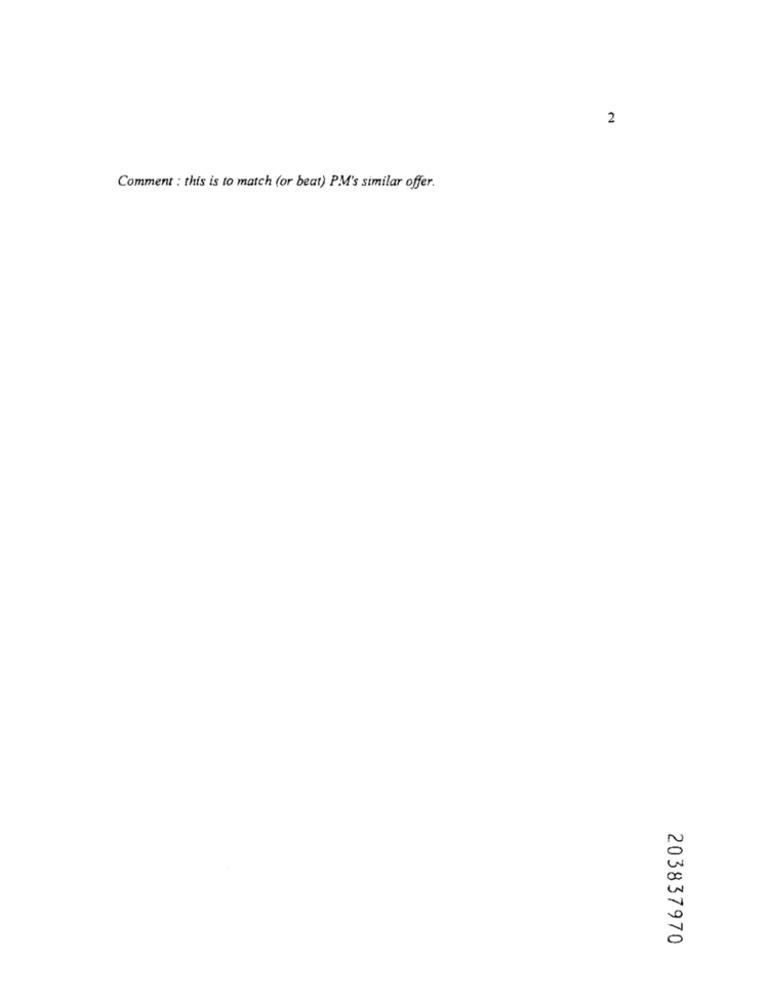
2
Comment : this is to match (or beat) PM's similar offer.
203837970